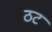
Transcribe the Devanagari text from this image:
ठट